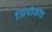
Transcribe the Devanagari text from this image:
जियोकोड